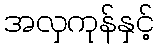
အလှကုန်နှင့်